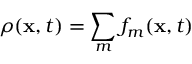
\rho ( \ensuremath { \mathbf { x } } , t ) = \sum _ { m } f _ { m } ( \ensuremath { \mathbf { x } } , t )